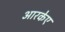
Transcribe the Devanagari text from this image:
आरकेए